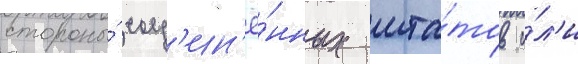
стороны́ соед'ин'ё́нных шта́тов и́л'и